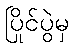
ပြိုင်ပွဲမှ